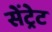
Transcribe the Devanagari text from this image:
सेंट्रेट